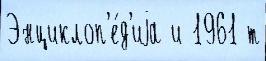
Энциклоп'е́д'иjа и 1961 т